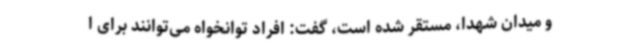
و میدان شهدا، مستقر شده است، گفت: افراد توانخواه می‌توانند برای ا